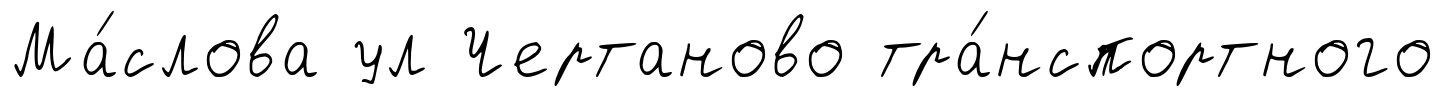
Ма́слова ул Чертаново тра́нспортного